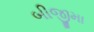
બીજીમા